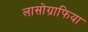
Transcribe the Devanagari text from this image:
लासोग्राफिया